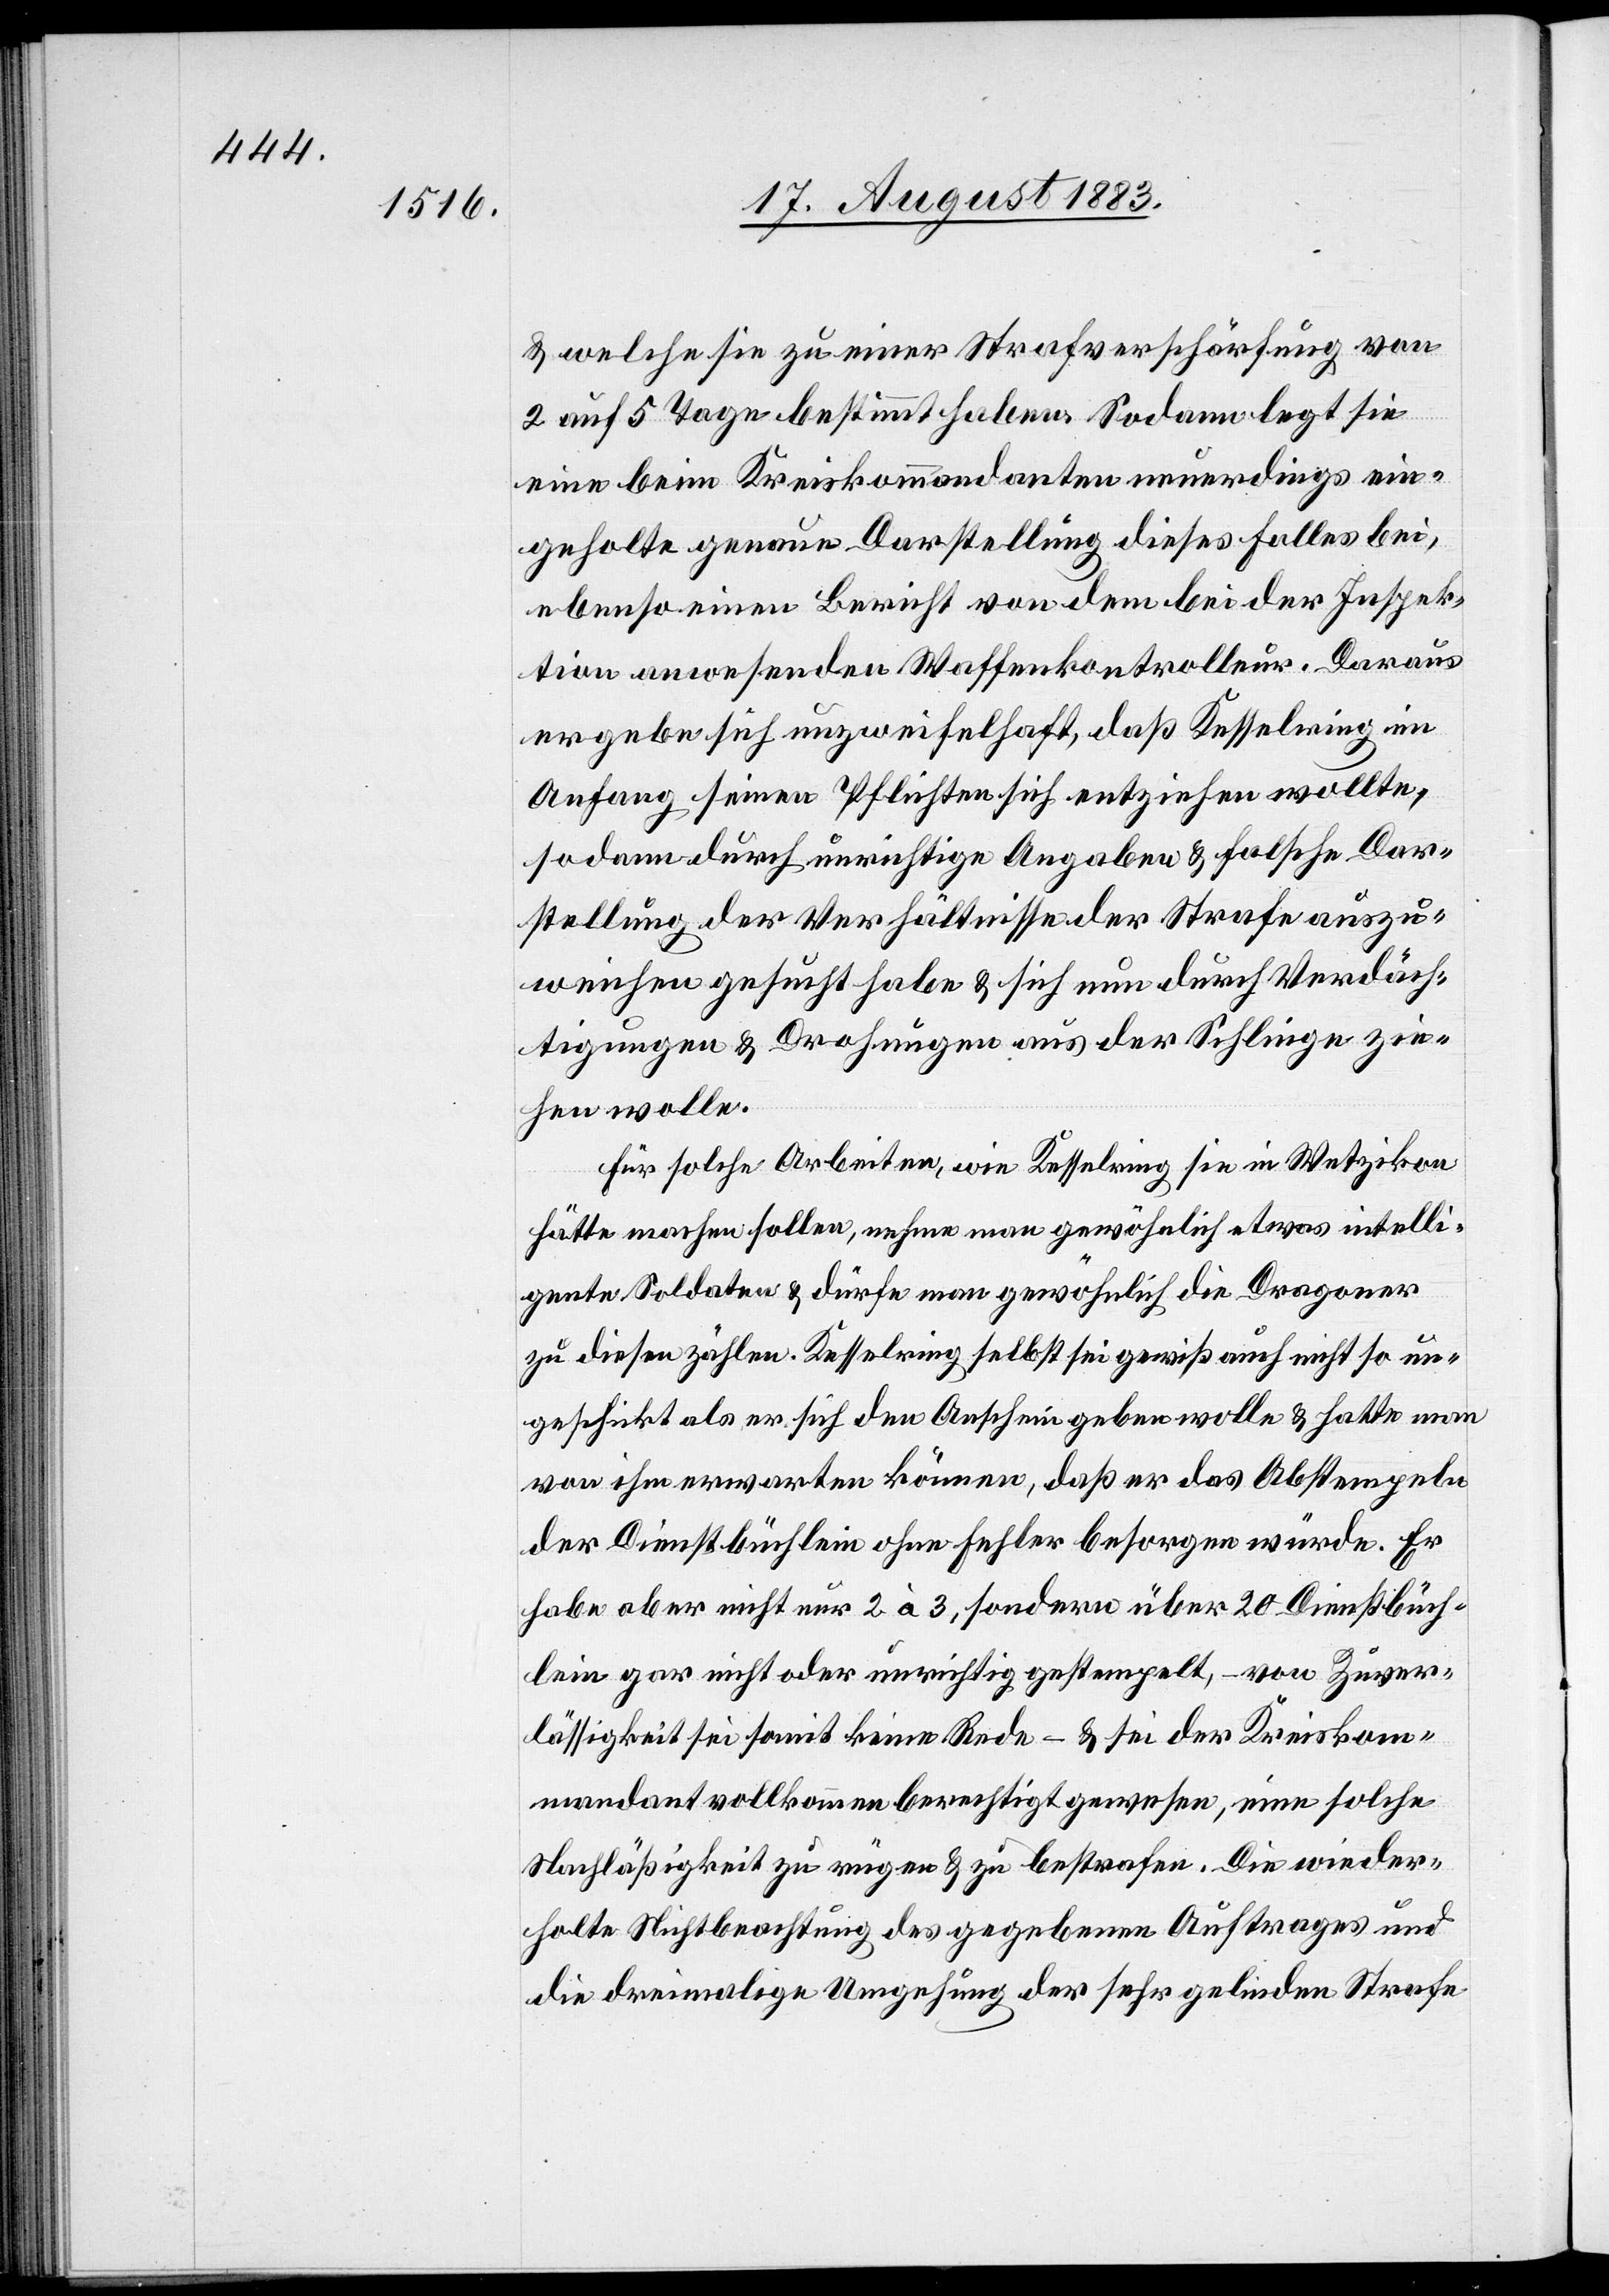
& welche sie zu einer Strafverschärfung von
2 auf 5 Tage bestimmt haben. Sodann legt sie
eine beim Kreiskommandanten neuerdings ein¬
geholte genaue Darstellung dieses Falles bei,
ebenso einen Bericht von dem bei der Inspek¬
tion anwesenden Waffenkontrolleur. Daraus
ergebe sich unzweifelhaft, daß Kesselring im
Anfang seinen Pflichten sich entziehen wollte,
sodann durch unrichtige Angabe & falsche Dar¬
stellung der Verhältnisse der Strafe auszu¬
weichen gesucht habe & sich nun durch Verdäch¬
tigungen & Drohungen aus der Schlinge zie¬
hen wolle.
Für solche Arbeiten, wie Kesselring sie in Wetzikon
hätte machen sollen, nehme man gewöhnlich etwas intelli¬
gente Soldaten & dürfe man gewöhnlich die Dragoner
zu diesen zählen. Kesselring selbst sei gewiß nicht so un¬
geschickt als er sich den Anschein geben wolle & hatte man
von ihm erwarten können, daß er das Abstempeln
der Dienstbüchlein ohne Fehler besorgen würde. Er
habe aber nicht nur 2 à 2, sondern über 20 Dienstbüch¬
lein gar nicht oder unrichtig gestempelt, – von Zuver¬
lässigkeit sei somit keine Rede – & sei der Kreiskom¬
mandant vollkommen berechtigt gewesen, eine solche
Nachläßigkeit zu rügen & zu bestrafen. Die wieder¬
holte Nichtbeachtung des gegeben Auftrages und
die dreimalige Umgehung der sehr gelinden Strafe